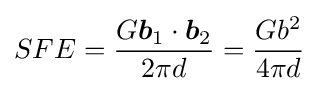
SFE={G{\boldsymbol {b}}_{1}\cdot {\boldsymbol {b}}_{2} \over 2\pi d}={Gb^{2} \over 4\pi d}